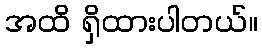
အထိ ရှိထားပါတယ်။